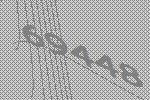
69448